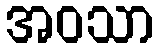
အဝသာ